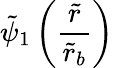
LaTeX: \tilde{\psi}_{1}\left(\frac{\tilde{r}}{\tilde{r}_{b}}\right)